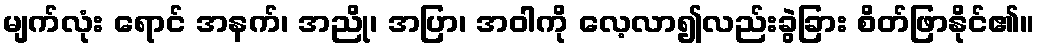
မျက်လုံး ရောင် အနက်၊ အညို၊ အပြာ၊ အဝါကို လေ့လာ၍လည်းခွဲခြား စိတ်ဖြာနိုင်၏။